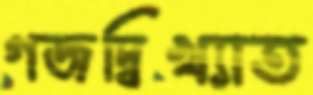
গজদ্বিখ্যাত